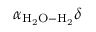
\alpha _ { \mathrm { H _ { 2 } O - H _ { 2 } } } \delta